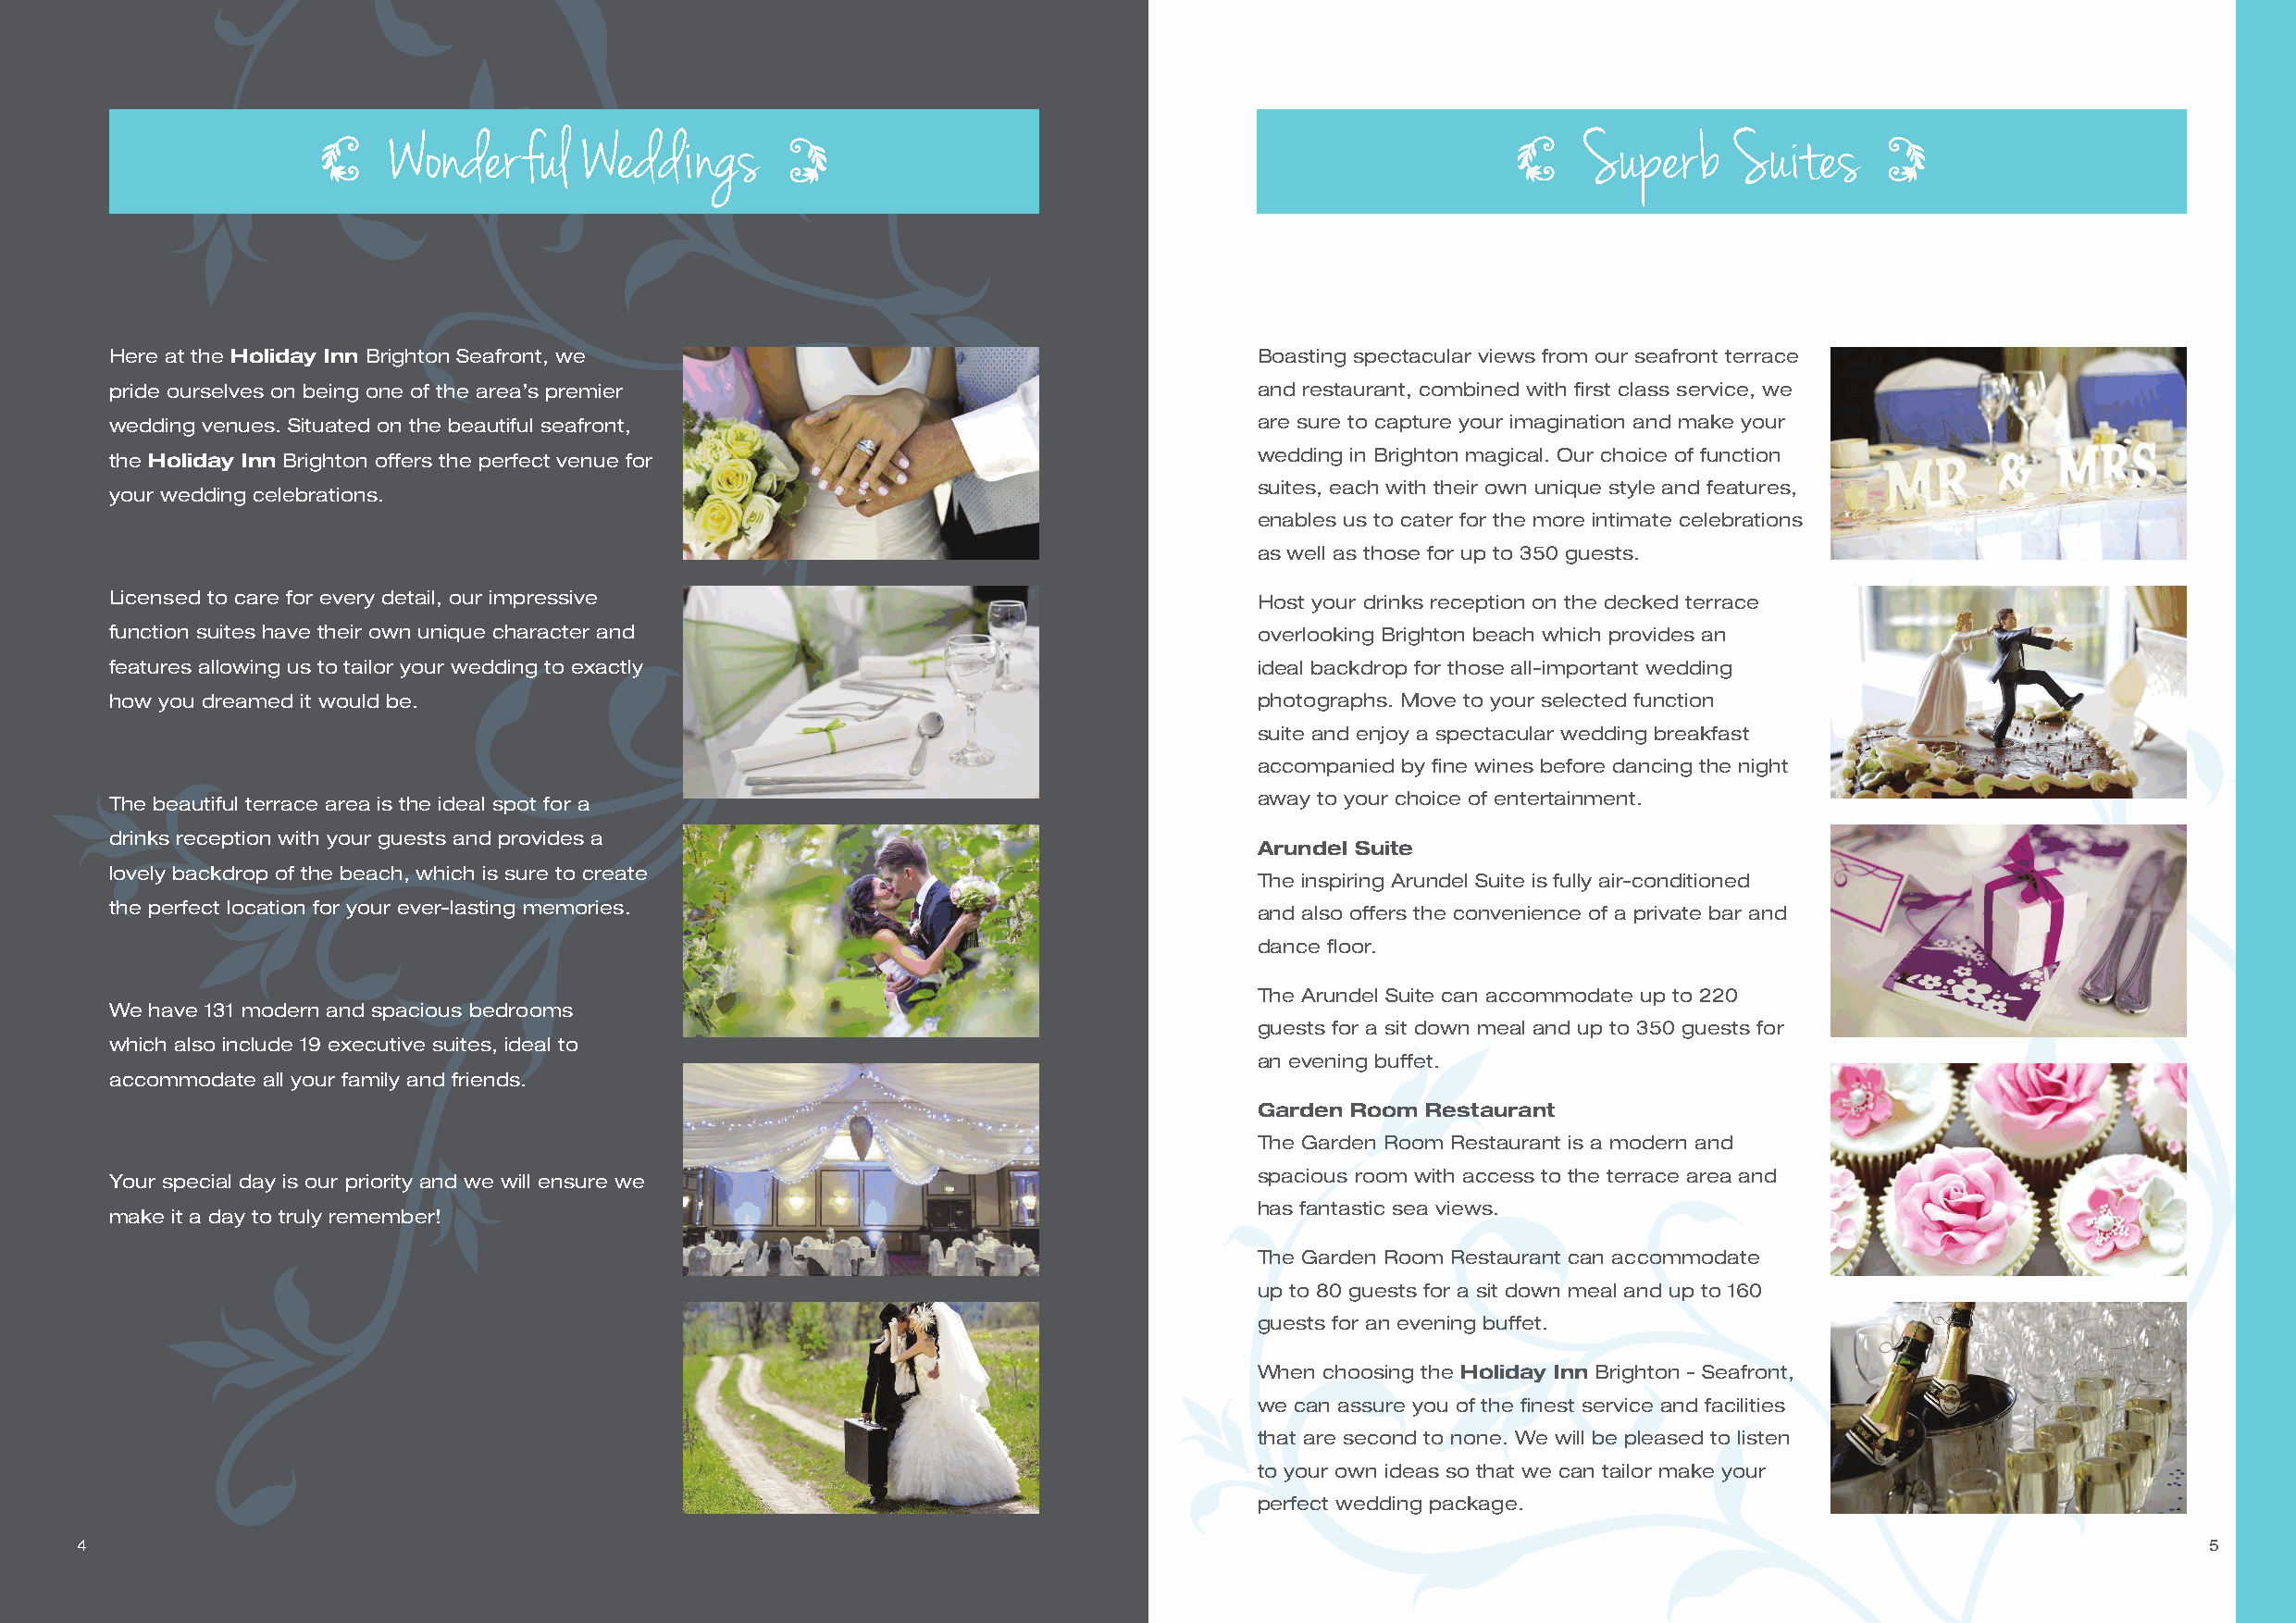
Wonderful     Weddings                                                               Superb     Suites
 Here at the Holiday Inn Brighton Seafront, we                                     Boasting spectacular views from our seafront terrace
 pride ourselves on being one of the area’s premier                                and restaurant, combined with first class service, we
 wedding venues. Situated on the beautiful seafront,                               are sure to capture your imagination and make your
 wedding in Brighton magical. Our choice of function
 the Holiday Inn Brighton offers the perfect venue for
 suites, each with their own unique style and features,
 your wedding celebrations.
 enables us to cater for the more intimate celebrations
 as well as those for up to 350 guests.
 Licensed to care for every detail, our impressive                                 Host your drinks reception on the decked terrace
 function suites have their own unique character and                               overlooking Brighton beach which provides an
 features allowing us to tailor your wedding to exactly                            ideal backdrop for those all-important wedding
 how you dreamed it would be.                                                      photographs. Move to your selected function
 suite and enjoy a spectacular wedding breakfast
 accompanied by fine wines before dancing the night
 The beautiful terrace area is the ideal spot for a                                away to your choice of entertainment.
 drinks reception with your guests and provides a
 Arundel Suite
 lovely backdrop of the beach, which is sure to create
 The inspiring Arundel Suite is fully air-conditioned
 the perfect location for your ever-lasting memories.                              and also offers the convenience of a private bar and
 dance floor.
 The Arundel Suite can accommodate up to 220
 We have 131 modern and spacious bedrooms
 guests for a sit down meal and up to 350 guests for
 which also include 19 executive suites, ideal to
 an evening buffet.
 accommodate all your family and friends.
 Garden Room Restaurant
 The Garden Room Restaurant is a modern and
 spacious room with access to the terrace area and
 Your special day is our priority and we will ensure we
 has fantastic sea views.
 make it a day to truly remember!
 The Garden Room Restaurant can accommodate
 up to 80 guests for a sit down meal and up to 160
 guests for an evening buffet.
 When choosing the Holiday Inn Brighton - Seafront,
 we can assure you of the finest service and facilities
 that are second to none. We will be pleased to listen
 to your own ideas so that we can tailor make your
 perfect wedding package.
 4                                                                                                                                                        5